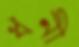
ধনী